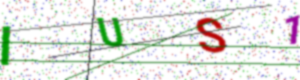
Text: IUS1